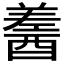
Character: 𨢚